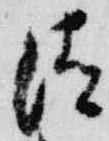
清